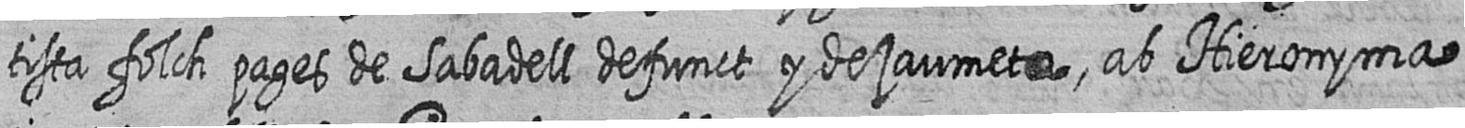
tista folch pages de Sabadell defunct y de jaumeta ab Hieronyma